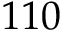
1 1 0